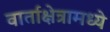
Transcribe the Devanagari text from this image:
वार्ताक्षेत्रामध्ये